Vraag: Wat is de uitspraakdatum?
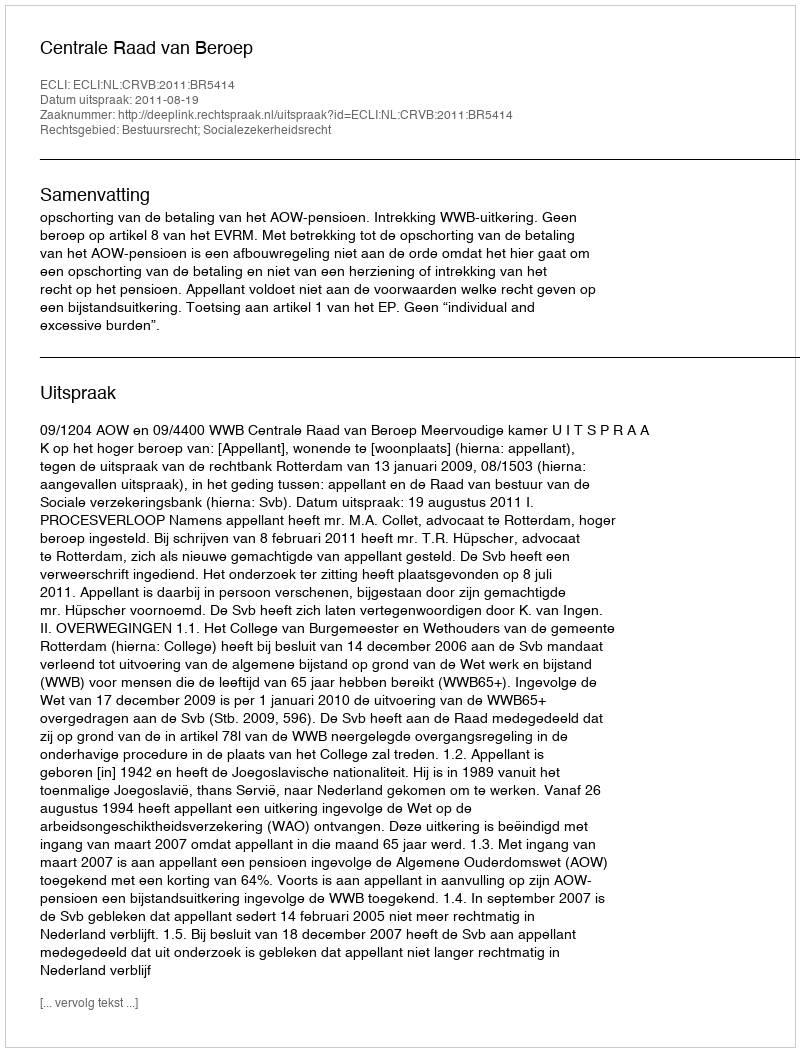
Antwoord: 2011-08-19